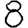
Digit: 8